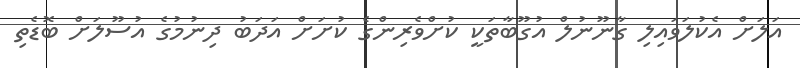
އަލަށް އެކުލަވައިލި ގާނޫނުލް އުގޫބާތަކީ ކުށްވެރިންގެ ކުށަށް އަދަބު ދިނުމުގެ އުސޫލަށް ބޮޑެތި